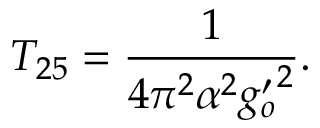
T _ { 2 5 } = \frac { 1 } { 4 \pi ^ { 2 } \alpha ^ { 2 } { g _ { o } ^ { \prime } } ^ { 2 } } .